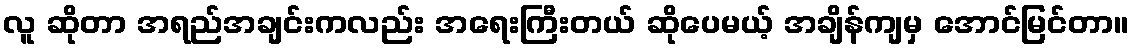
လူ ဆိုတာ အရည်အချင်းကလည်း အရေးကြီးတယ် ဆိုပေမယ့် အချိန်ကျမှ အောင်မြင်တာ။